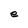
Character: e